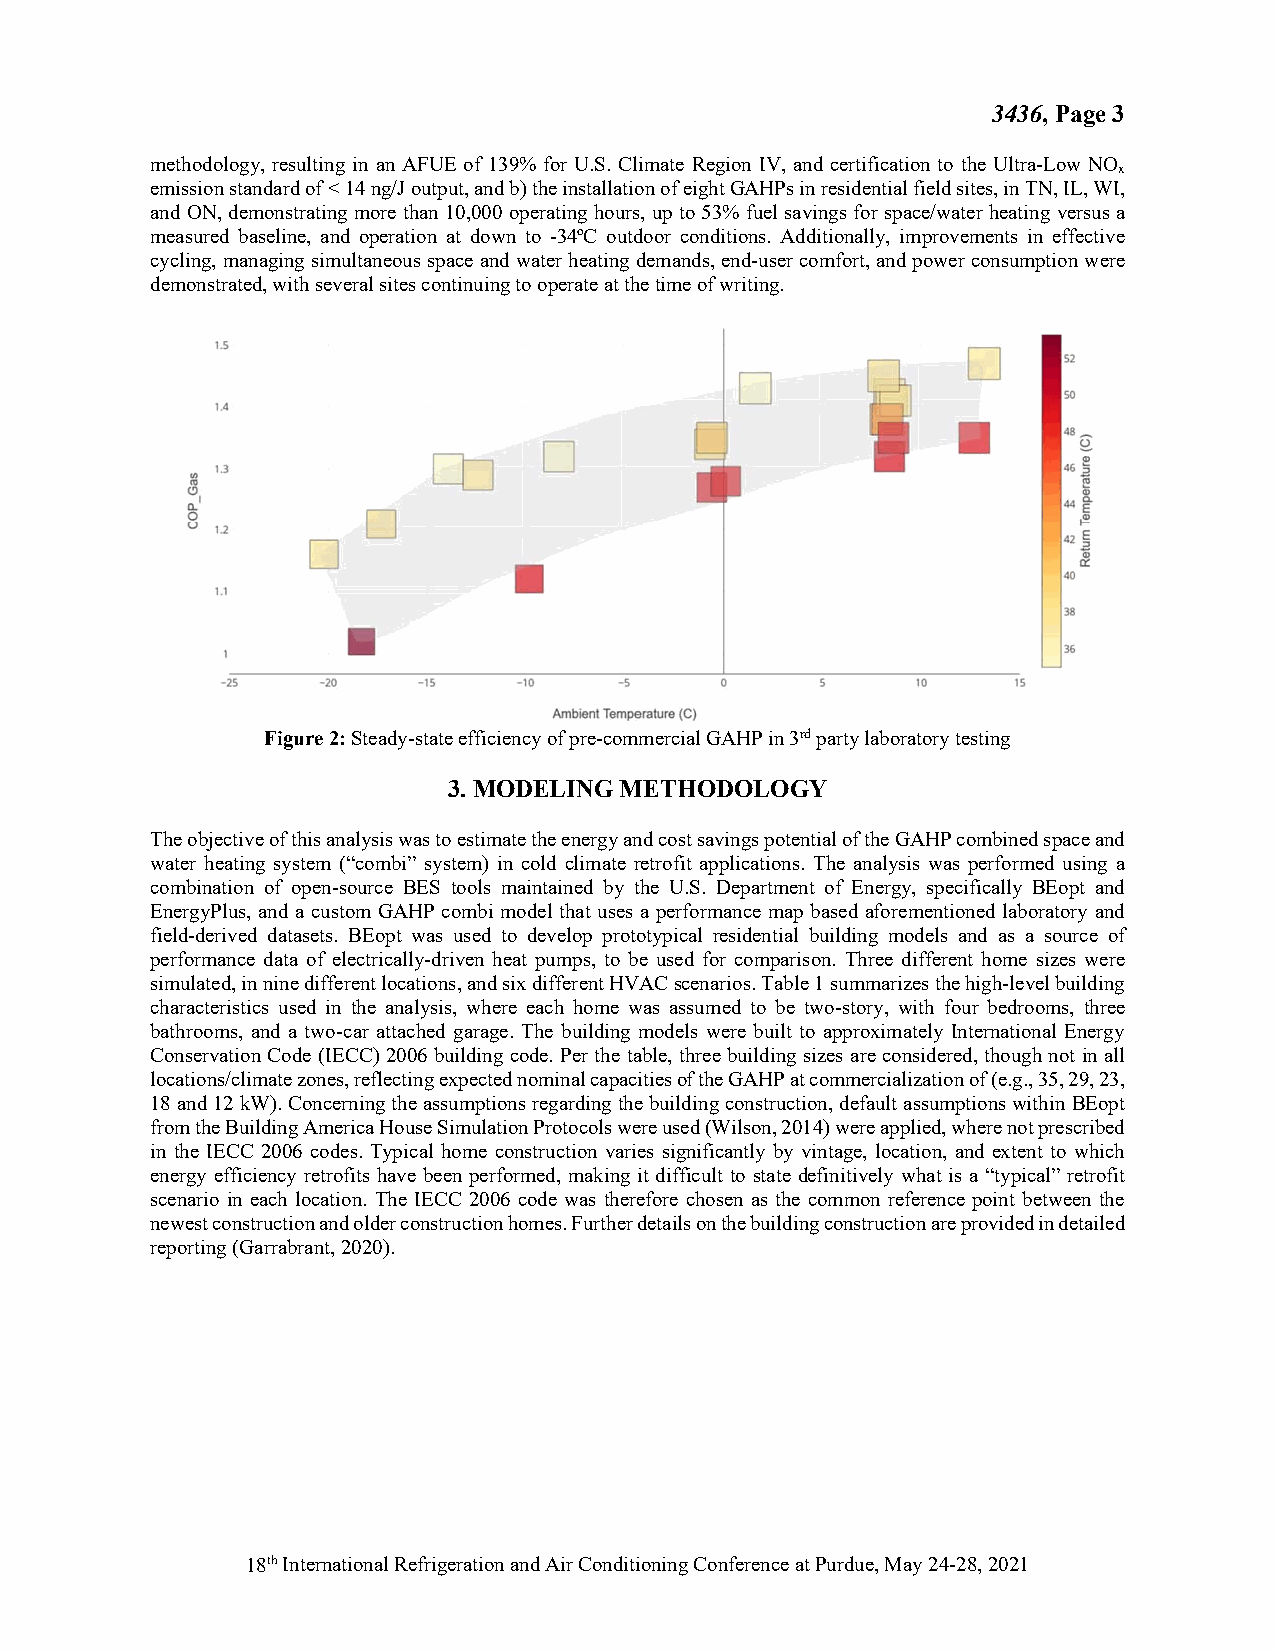
3436, Page 3
 methodology, resulting in an AFUE of 139% for U.S. Climate Region IV, and certification to the Ultra-Low NO
 x
 emission standard of < 14 ng/J output, and b) the installation of eight GAHPs in residential field sites, in TN, IL, WI,
 and ON, demonstrating more than 10,000 operating hours, up to 53% fuel savings for space/water heating versus a
 measured baseline, and operation at down to -34ºC outdoor conditions. Additionally, improvements in effective
 cycling, managing simultaneous space and water heating demands, end-user comfort, and power consumption were
 demonstrated, with several sites continuing to operate at the time of writing.
 15
 n              □     S2
 so
 1 4
 ■
 ..              Q]     □
 1.]
 ~
 n.'
 0
 (.) 1.l     □
 C
 ■
 1.1
 38
 ■
 36
 •2S   ·20          ·10    •S     0            10    1S
 Ambient Temperature (C)
 Figure 2: Steady-state efficiency of pre-commercial GAHP in 3rd party laboratory testing
 3. MODELING METHODOLOGY
 The objective of this analysis was to estimate the energy and cost savings potential of the GAHP combined space and
 water heating system (“combi” system) in cold climate retrofit applications. The analysis was performed using a
 combination of open-source BES tools maintained by the U.S. Department of Energy, specifically BEopt and
 EnergyPlus, and a custom GAHP combi model that uses a performance map based aforementioned laboratory and
 field-derived datasets. BEopt was used to develop prototypical residential building models and as a source of
 performance data of electrically-driven heat pumps, to be used for comparison. Three different home sizes were
 simulated, in nine different locations, and six different HVAC scenarios. Table 1 summarizes the high-level building
 characteristics used in the analysis, where each home was assumed to be two-story, with four bedrooms, three
 bathrooms, and a two-car attached garage. The building models were built to approximately International Energy
 Conservation Code (IECC) 2006 building code. Per the table, three building sizes are considered, though not in all
 locations/climate zones, reflecting expected nominal capacities of the GAHP at commercialization of (e.g., 35, 29, 23,
 18 and 12 kW). Concerning the assumptions regarding the building construction, default assumptions within BEopt
 from the Building America House Simulation Protocols were used (Wilson, 2014) were applied, where not prescribed
 in the IECC 2006 codes. Typical home construction varies significantly by vintage, location, and extent to which
 energy efficiency retrofits have been performed, making it difficult to state definitively what is a “typical” retrofit
 scenario in each location. The IECC 2006 code was therefore chosen as the common reference point between the
 newest construction and older construction homes. Further details on the building construction are provided in detailed
 reporting (Garrabrant, 2020).
 18th International Refrigeration and Air Conditioning Conference at Purdue, May 24-28, 2021